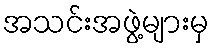
အသင်းအဖွဲ့များမှ